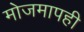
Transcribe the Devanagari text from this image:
मोजमापही